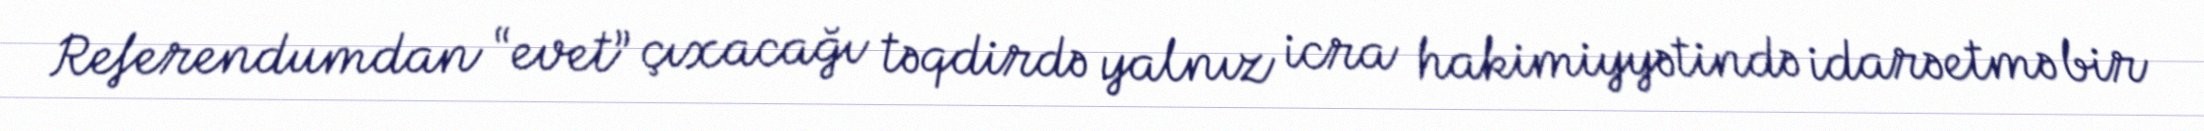
Referendumdan “evet” çıxacağı təqdirdə yalnız icra hakimiyyətində idarəetmə bir